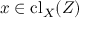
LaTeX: x \in \operatorname { c l } _ { X } ( Z )